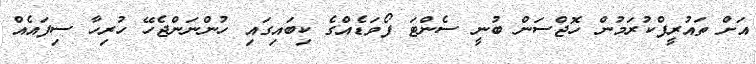
އަށް ތައުރީފްކުރަމުން ހޮޖްސަން ބުނީ ސެންޓަ ފޯވަޑެއްގެ ކިބައިގައި ހުންނަންޖެހޭ ހުރިހާ ސިފައެއް